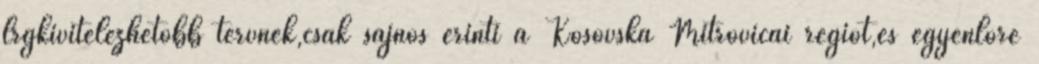
lrgkivitelezhetöbb tervnek,csak sajnos érinti a Kosovska Mitrovicai régiót,és egyenlöre